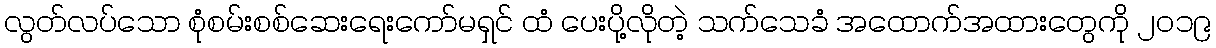
လွတ်လပ်သော စုံစမ်းစစ်ဆေးရေးကော်မရှင် ထံ ပေးပို့လိုတဲ့ သက်သေခံ အထောက်အထားတွေကို ၂၀၁၉